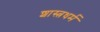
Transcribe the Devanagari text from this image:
शास्त्रधर्म